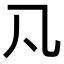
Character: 𠁽